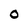
Character: O